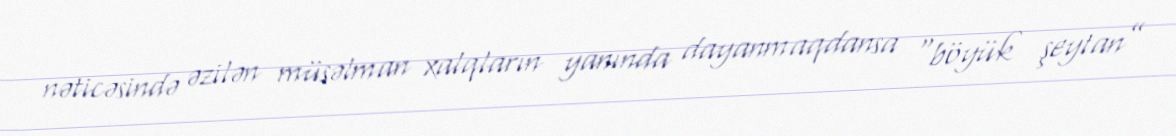
nəticəsində əzilən müsəlman xalqların yanında dayanmaqdansa “böyük şeytan”